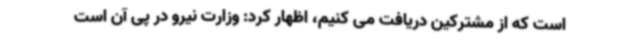
است که از مشترکین دریافت می کنیم، اظهار کرد: وزارت نیرو در پی آن است